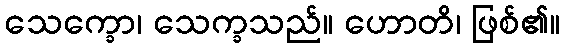
သေက္ခော၊ သေက္ခသည်။ ဟောတိ၊ ဖြစ်၏။